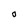
Character: 0